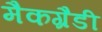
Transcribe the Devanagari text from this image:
मैकग्रैडी